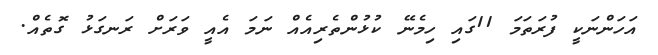
އަހަންނަކީ ފުރަތަމަ 11ގައި ހިމެނޭ ކުޅުންތެރިއެއް ނަމަ އެއީ ވަރަށް ރަނގަޅު ގޮތެއް.